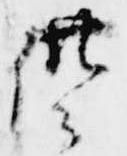
供